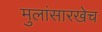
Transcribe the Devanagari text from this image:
मुलांसारखेच